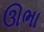
ઊભા